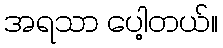
အရသာ ပေါ့တယ်။